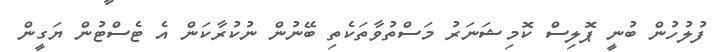
ފުލުހުން ބުނީ ޕޮލިސް ކޮމިޝަނަރު މަސްތުވާތަކެތި ބޭނުން ނުކުރާކަން އެ ޓެސްޓުން ޔަގީން